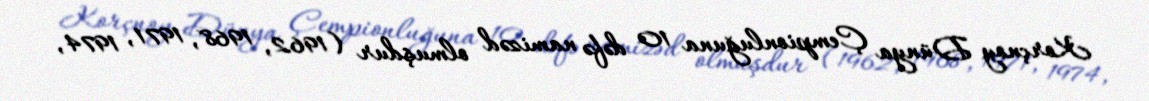
Korçnoy Dünya Çempionluğuna 10 dəfə namizəd olmuşdur (1962, 1968, 1971, 1974,